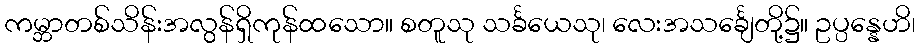
ကမ္ဘာတစ်သိန်းအလွန်ရှိကုန်ထသော။ စတူသု သင်္ခယေသု၊ လေးအသင်္ချေတို့၌။ ဥပ္ပန္နေဟိ၊